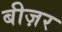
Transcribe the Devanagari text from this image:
बीज़र